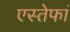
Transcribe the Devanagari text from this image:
एस्तेफां